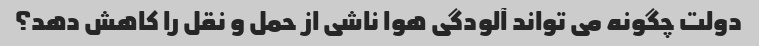
دولت چگونه می تواند آلودگی هوا ناشی از حمل و نقل را کاهش دهد؟